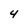
Character: 4